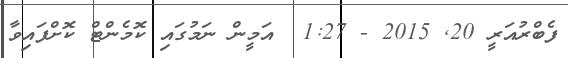
ފެބްރުއަރީ 20